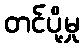
တင်ပို့မှု